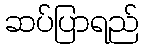
ဆပ်ပြာရည်